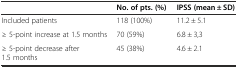
<table><thead><tr><td></td><td><b>No. of pts. (%)</b></td><td><b>IPSS (mean ± SD)</b></td></tr></thead><tbody><tr><td>Included patients</td><td>118 (100%)</td><td>11.2 ± 5.1</td></tr><tr><td>≥ 5-point increase at 1.5 months</td><td>70 (59%)</td><td>6.8 ± 3,3</td></tr><tr><td>≥ 5-point decrease after 1.5 months</td><td>45 (38%)</td><td>4.6 ± 2.1</td></tr></tbody></table>